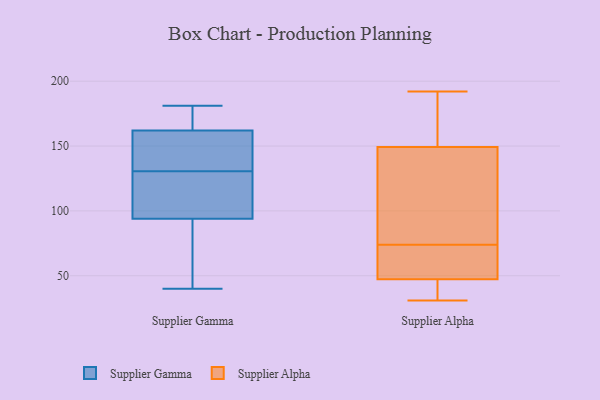
{"axis": {"x": "Website Visitors", "y": "Value"}, "legend": ["Supplier Alpha", "Supplier Gamma"], "data": [{"x": "", "y": 172, "type": "Supplier Gamma"}, {"x": "", "y": 181, "type": "Supplier Gamma"}, {"x": "", "y": 132, "type": "Supplier Gamma"}, {"x": "", "y": 40, "type": "Supplier Gamma"}, {"x": "", "y": 162, "type": "Supplier Gamma"}, {"x": "", "y": 61, "type": "Supplier Gamma"}, {"x": "", "y": 126, "type": "Supplier Gamma"}, {"x": "", "y": 128, "type": "Supplier Gamma"}, {"x": "", "y": 180, "type": "Supplier Gamma"}, {"x": "", "y": 129, "type": "Supplier Gamma"}, {"x": "", "y": 147, "type": "Supplier Gamma"}, {"x": "", "y": 94, "type": "Supplier Gamma"}, {"x": "", "y": 143, "type": "Supplier Gamma"}, {"x": "", "y": 143, "type": "Supplier Gamma"}, {"x": "", "y": 80, "type": "Supplier Gamma"}, {"x": "", "y": 95, "type": "Supplier Gamma"}, {"x": "", "y": 166, "type": "Supplier Gamma"}, {"x": "", "y": 87, "type": "Supplier Gamma"}, {"x": "", "y": 85, "type": "Supplier Alpha"}, {"x": "", "y": 74, "type": "Supplier Alpha"}, {"x": "", "y": 44, "type": "Supplier Alpha"}, {"x": "", "y": 45, "type": "Supplier Alpha"}, {"x": "", "y": 59, "type": "Supplier Alpha"}, {"x": "", "y": 176, "type": "Supplier Alpha"}, {"x": "", "y": 111, "type": "Supplier Alpha"}, {"x": "", "y": 185, "type": "Supplier Alpha"}, {"x": "", "y": 40, "type": "Supplier Alpha"}, {"x": "", "y": 147, "type": "Supplier Alpha"}, {"x": "", "y": 63, "type": "Supplier Alpha"}, {"x": "", "y": 54, "type": "Supplier Alpha"}, {"x": "", "y": 150, "type": "Supplier Alpha"}, {"x": "", "y": 192, "type": "Supplier Alpha"}, {"x": "", "y": 72, "type": "Supplier Alpha"}, {"x": "", "y": 92, "type": "Supplier Alpha"}, {"x": "", "y": 44, "type": "Supplier Alpha"}, {"x": "", "y": 155, "type": "Supplier Alpha"}, {"x": "", "y": 31, "type": "Supplier Alpha"}]}